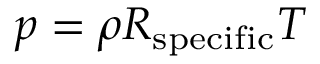
p = \rho R _ { \mathrm { s p e c i f i c } } T